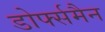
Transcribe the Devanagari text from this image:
डोर्फ्समैन